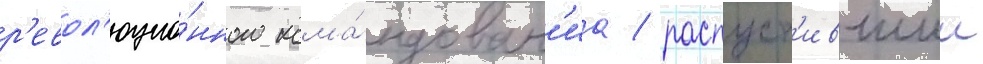
р'евол'юцио́нного кома́ндован'иа / распуст'ившии